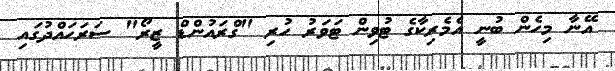
އޭނާ މިހެން ބުނީ އެމެރިކާގެ ޓުވިން ޓަވަރު ހުރި "ގްރައުންޑް ޒީރޯ" ސަރަހައްދުގައި